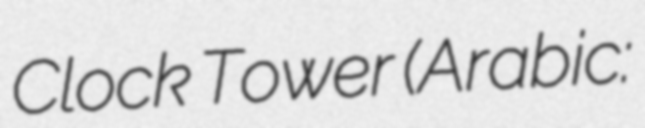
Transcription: Clock Tower (Arabic: برج